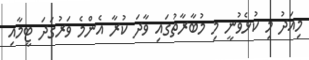
މިއަދު މި ކުޅެވުނީ މި މުބާރާތުގައި ވާދަ ކުރާ އެންމެ ވަރުގަދަ ޓީމާއި